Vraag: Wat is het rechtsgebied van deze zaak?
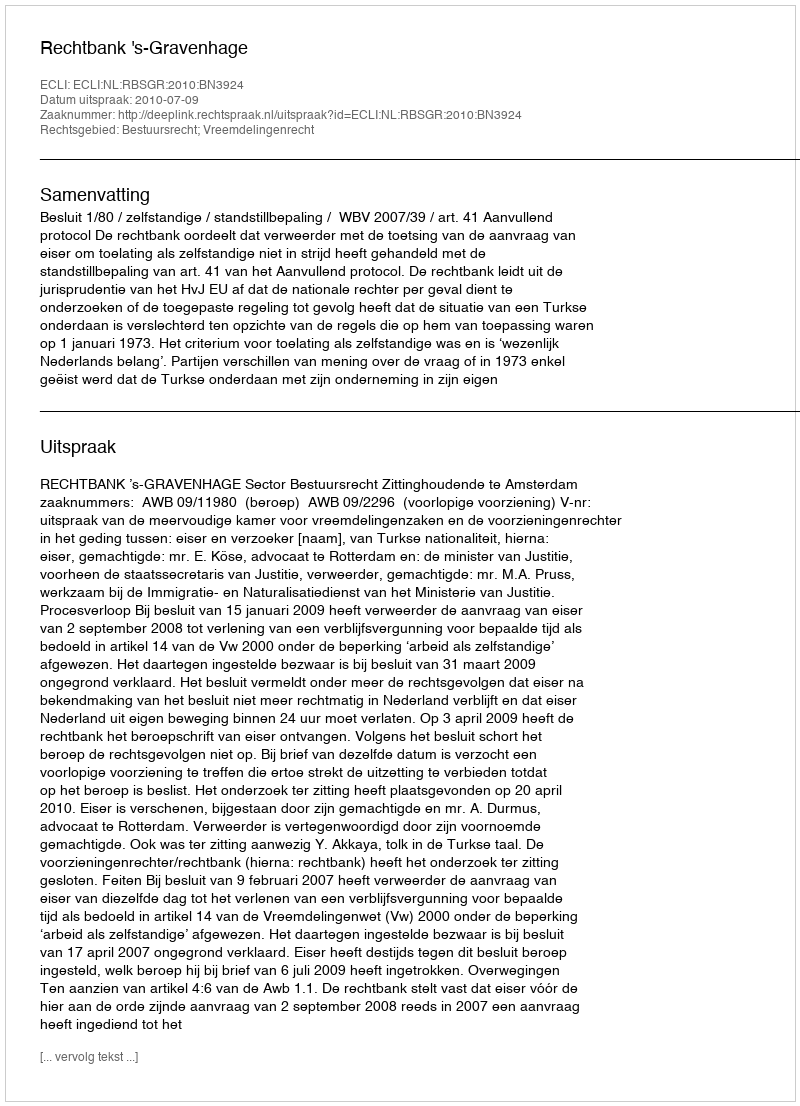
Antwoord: Bestuursrecht; Vreemdelingenrecht